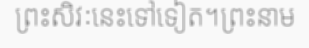
ព្រះសិវៈនេះទៅទៀត។ព្រះនាម